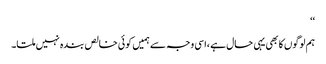
‘‘
ہم لوگوں کا بھی یہی حال ہے ،اسی وجہ سے ہمیں کوئی خالص بندہ نہیں ملتا۔